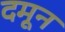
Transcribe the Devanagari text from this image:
दमून